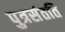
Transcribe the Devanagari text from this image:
पुत्रसंतति